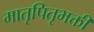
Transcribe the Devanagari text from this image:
मातृपितृभक्ती